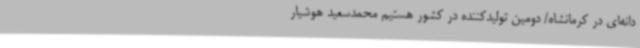
‌دانه‌ای در کرمانشاه/ دومین تولیدکننده در کشور هستیم محمدسعید هوشیار